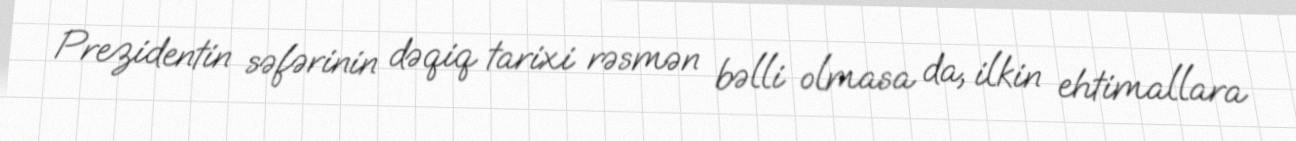
Prezidentin səfərinin dəqiq tarixi rəsmən bəlli olmasa da, ilkin ehtimallara